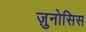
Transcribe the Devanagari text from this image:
ज़ुनोसिस